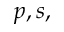
p , s ,